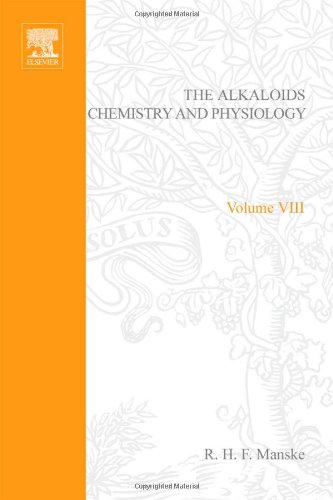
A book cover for The Alkaloids: Chemistry and Physiology, Vol. 8: The Indole Alkaloids (v. 8); Science & Math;